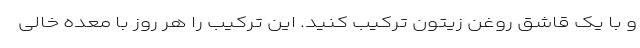
و با یک قاشق روغن زیتون ترکیب کنید. این ترکیب را هر روز با معده خالی